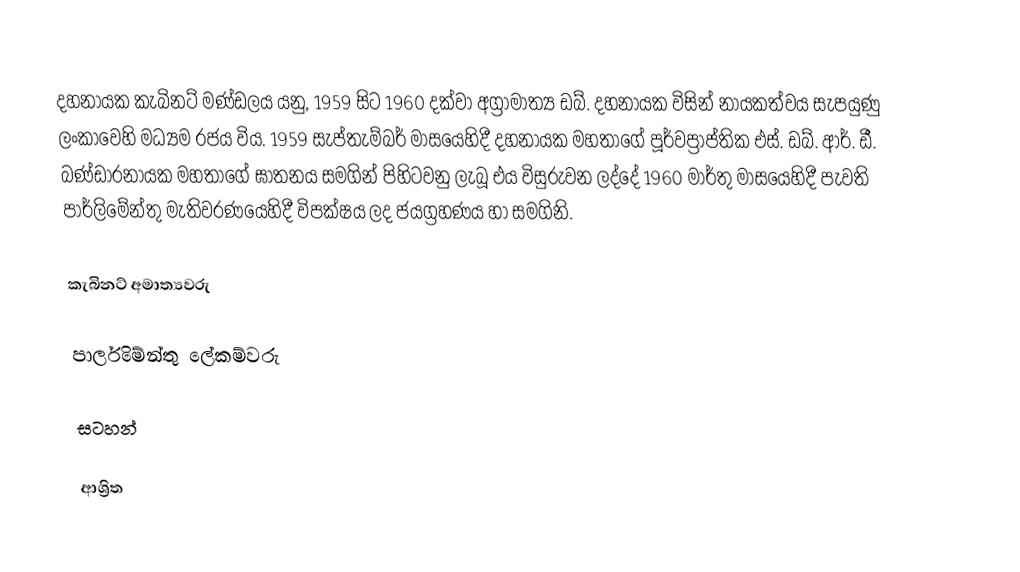
දහනායක කැබිනට් මණ්ඩලය යනු,  1959 සිට 1960 දක්වා අග්‍රාමාත්‍ය ඩබ්. දහනායක විසින් නායකත්වය සැපයුණු ලංකාවෙහි මධ්‍යම රජය විය. 1959 සැප්තැම්බර් මාසයෙහිදී දහනායක මහතාගේ පූර්වප්‍රාප්තික එස්. ඩබ්. ආර්. ඩී. බණ්ඩාරනායක මහතාගේ ඝාතනය සමගින් පිහිටවනු ලැබූ එය විසුරුවන ලද්දේ 1960 මාර්තු මාසයෙහිදී පැවති පාර්ලිමේන්තු මැතිවරණයෙහිදී විපක්ෂය ලද ජයග්‍රහණය හා සමගිනි.

කැබිනට් අමාත්‍යවරු

පාර්ලිමේන්තු ලේකම්වරු

සටහන්

ආශ්‍රිත